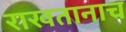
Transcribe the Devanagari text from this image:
राखतानाच